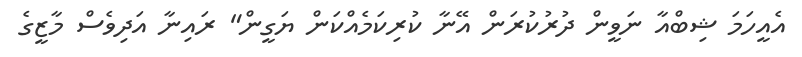
އެއީހަމަ ޝިބްއާ ނަވީން ދުރުކުރަން އޭނާ ކުރިކަމެއްކަން ޔަގީން" ރައިނާ އަދިވެސް މާޒީގެ